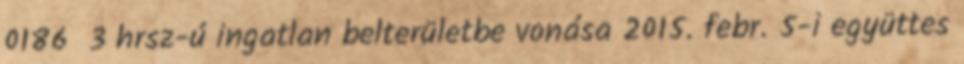
0186 3 hrsz-ú ingatlan belterületbe vonása 2015. febr. 5-i együttes